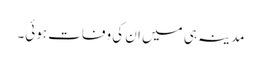
مدینہ ہی میں ان کی وفات ہوئی۔